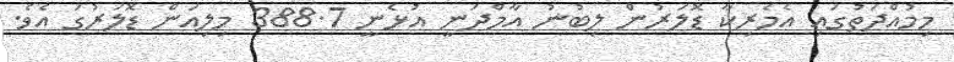
މިމުއްދަތުގައި އެމެރިކާ ޑޮލަރުން ލިބުނު އާމްދަނީ އުޅެނީ 388.7 މިލިއަން ޑޮލަރުގަ އެވެ.